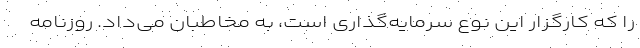
را که کارگزار این نوع سرمایه‌گذاری است، به مخاطبان می‌داد. روزنامه